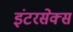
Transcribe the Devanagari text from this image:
इंटरसेक्स